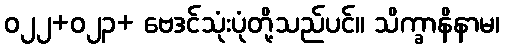
ဝ၂၂+ဝ၂၃+ ဗေဒင်သုံးပုံတို့သည်ပင်။ သိက္ခာနိနာမ၊